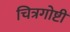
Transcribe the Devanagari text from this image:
चित्रगोष्टी